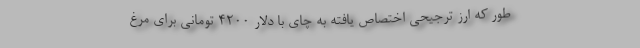
طور که ارز ترجیحی اختصاص یافته به چای با دلار 4200 تومانی برای مرغ